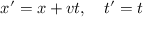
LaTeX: x ^ { \prime } = x + v t , \quad t ^ { \prime } = t